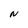
Character: N